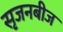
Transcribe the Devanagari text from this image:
सृजनबीज